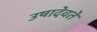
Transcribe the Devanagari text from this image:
उषादेवते